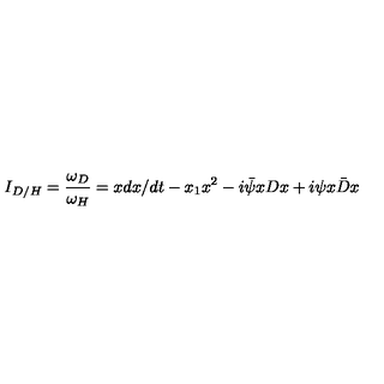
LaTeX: I _ { D / H } = \frac { \omega _ { D } } { \omega _ { H } } = x d x / d t - x _ { 1 } x ^ { 2 } - i \bar { \psi } x D x + i \psi x \bar { D } x